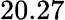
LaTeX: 20.27